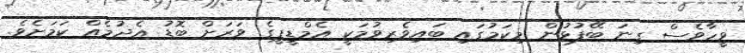
ވީހާވެސް ގިނަ ބޭފުޅުން މިކަމުގައި ބައިވެރިވުމަކީ އެމްޑީޕީގެ ވަރަށް ބޮޑު އެދުމެއް ކަމަށެވެ.